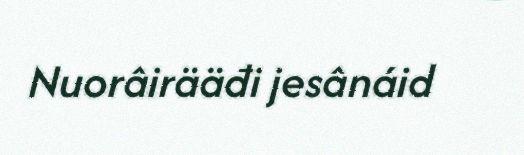
Nuorâirääđi jesânáid